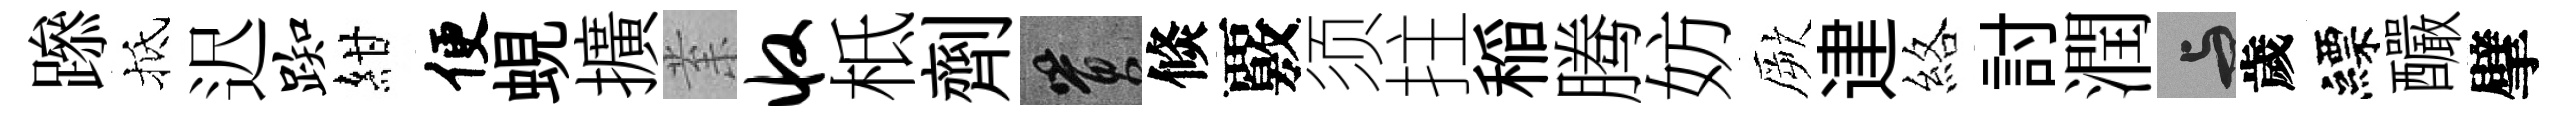
𨅶抵迟踟紺便蜆擴𭪙收柢劑篔倐覈须拄稲腾妨厥䢖絡討潤与歲縹釅擘